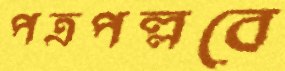
পত্রপল্লবে